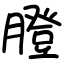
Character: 膯